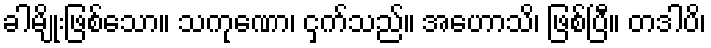
ခါမျိုးဖြစ်သော။ သကုဏော၊ ငှက်သည်။ အဟောသိ၊ ဖြစ်ပြီ။ တဒါပိ၊